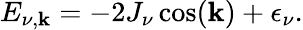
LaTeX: E_{\nu,\mathbf{k}}=-2J_{\nu}\cos(\mathbf{k})+\epsilon_{\nu}.